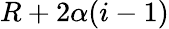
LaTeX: R+2\alpha(i-1)